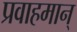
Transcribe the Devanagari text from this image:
प्रवाहमान्